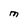
Character: M